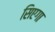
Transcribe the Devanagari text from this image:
सिएगा